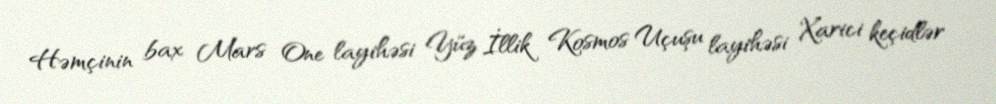
Həmçinin bax Mars One layihəsi Yüz İllik Kosmos Uçuşu layihəsi Xarici keçidlər